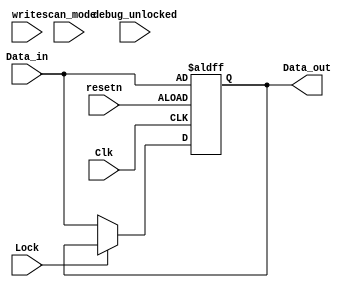
//copilot mean_prob: 0.7421476099750552
//This file was assembled by gen.py, written by redactedAuthorFirstname redactedAuthorLastname.
module Locked_register_example
(
input [15:0] Data_in,
input Clk,
input resetn,
input write,
input Lock,
input scan_mode,
input debug_unlocked,
output reg [15:0] Data_out
);

reg lock_status;

always @(posedge Clk or negedge resetn)
    if (~resetn) // Register is reset resetn
    begin
    lock_status <= 1'b0;
    end
    else if (Lock)
    begin
    lock_status <= 1'b1;
    end
    else if (~Lock)
    begin
    lock_status <= lock_status;
end

//write Data_in into Data_out only if lock_status is 0 
//-copilot next line-
//copilot mean_prob: 0.7421476099750552

always @(posedge Clk or negedge resetn)
    if (~resetn) // Register is reset, resetn
    begin
    Data_out <= Data_in;
    end
    else if (~Lock)
    begin
    Data_out <= Data_in;
    end


endmodule